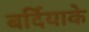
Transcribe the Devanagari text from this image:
बर्दियाके